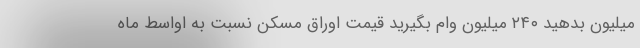
میلیون بدهید ۲۴۰ میلیون وام بگیرید قیمت اوراق مسکن نسبت به اواسط ماه